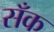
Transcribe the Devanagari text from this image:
सँक